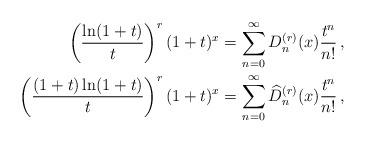
LaTeX: \begin{align*}\left(\frac{\ln(1+t)}{t}\right)^r(1+t)^x&=\sum_{n=0}^\infty D_n^{(r)}(x)\frac{t^n}{n!}\,,\\\left(\frac{(1+t)\ln(1+t)}{t}\right)^r(1+t)^x&=\sum_{n=0}^\infty\widehat D_n^{(r)}(x)\frac{t^n}{n!}\,,\end{align*}